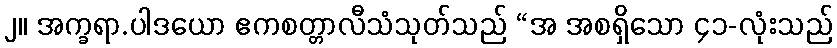
၂။ အက္ခရာ.ပါဒယော ဧကစတ္တာလီသံသုတ်သည် “အ အစရှိသော ၄၁-လုံးသည်